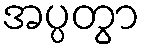
အပ္ပတွာ